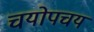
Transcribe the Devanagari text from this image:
चयोपचय